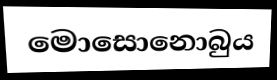
මොසොනොබුය